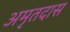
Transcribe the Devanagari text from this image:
अमृतदास